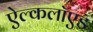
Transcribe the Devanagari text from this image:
ऐल्कलॉएड